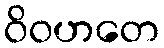
ဝိဝဟတေ